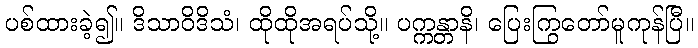
ပစ်ထားခဲ့၍။ ဒိသာဝိဒိသံ၊ ထိုထိုအရပ်သို့။ ပက္ကန္တာနိ၊ ပြေးကြွတော်မူကုန်ပြီ။